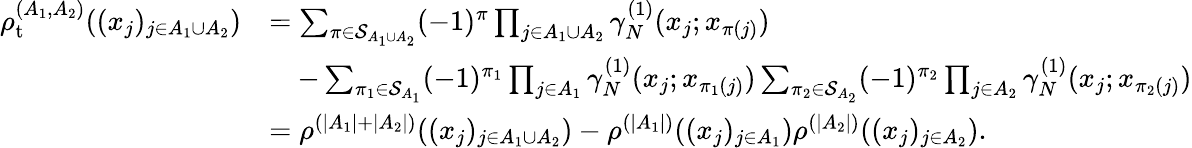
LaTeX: \begin{array}{rl}{\rho_{\mathrm{t}}^{(A_{1},A_{2})}((x_{j})_{j\in A_{1}\cup A_{2}})}&{=\sum_{\pi\in\mathcal{S}_{A_{1}\cup A_{2}}}(-1)^{\pi}\prod_{j\in A_{1}\cup A_{2}}\gamma_{N}^{(1)}(x_{j};x_{\pi(j)})}\\ &{\quad-\sum_{\pi_{1}\in\mathcal{S}_{A_{1}}}(-1)^{\pi_{1}}\prod_{j\in A_{1}}\gamma_{N}^{(1)}(x_{j};x_{\pi_{1}(j)})\sum_{\pi_{2}\in\mathcal{S}_{A_{2}}}(-1)^{\pi_{2}}\prod_{j\in A_{2}}\gamma_{N}^{(1)}(x_{j};x_{\pi_{2}(j)})}\\ &{=\rho^{(|A_{1}|+|A_{2}|)}((x_{j})_{j\in A_{1}\cup A_{2}})-\rho^{(|A_{1}|)}((x_{j})_{j\in A_{1}})\rho^{(|A_{2}|)}((x_{j})_{j\in A_{2}}).}\end{array}